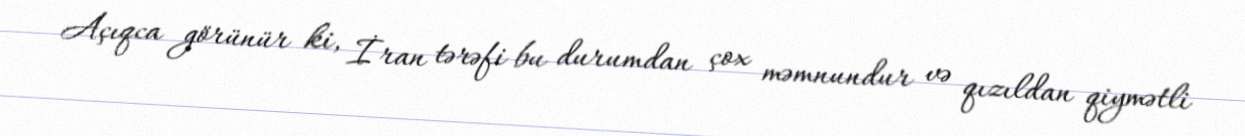
Açıqca görünür ki, İran tərəfi bu durumdan çox məmnundur və qızıldan qiymətli